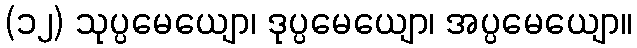
(၁၂) သုပ္ပမေယျော၊ ဒုပ္ပမေယျော၊ အပ္ပမေယျော။